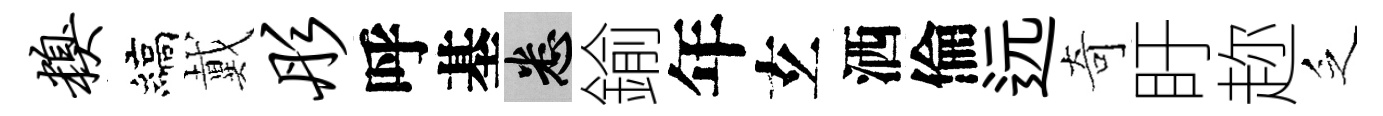
糗縞戴彤呼基悉鍮年𤣥洒倫远奇盱趂乏